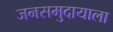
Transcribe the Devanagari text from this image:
जनसमुदायाला